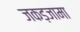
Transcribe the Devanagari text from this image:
जकड़जामा